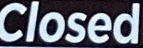
Closed